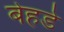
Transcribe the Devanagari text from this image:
बेहडे